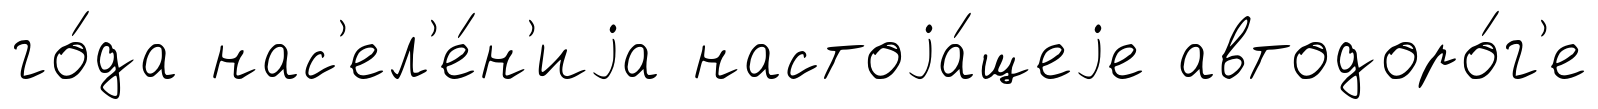
го́да нас'ел'е́н'иjа настоjа́щеjе автодоро́г'е